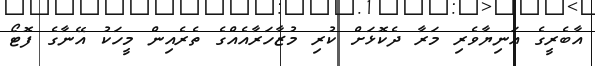
އާބެރީގެ އަނިޔާވެރި މަރާ ދެކޮޅަށް ކުރި މުޒާހަރާއެއްގެ ތެރެއިން މީހަކު އޭނާގެ ފޮޓޯ